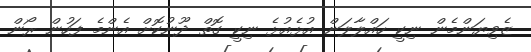
ޒެވިޔަންމެން ނިކީ ހައްލާލަން އުޅެއުޅެ ނިކީ ގޮތް ދޫނުކޮށް އެންމެ ފަހުން ރޯން